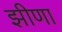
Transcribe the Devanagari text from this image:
झीणा